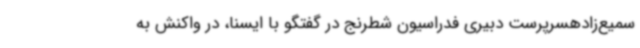
سمیع‌زادهسرپرست دبیری فدراسیون شطرنج در گفتگو با ایسنا، در واکنش به